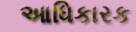
આધિકારક